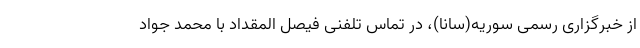
از خبرگزاری رسمی سوریه(سانا)، در تماس تلفنی فیصل المقداد با محمد جواد